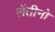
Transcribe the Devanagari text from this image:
लेंतीनो